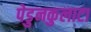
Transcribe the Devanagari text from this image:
पेडुनकुलाटा